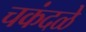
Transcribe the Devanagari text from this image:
चकंदळे